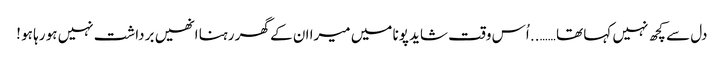
دل سے کچھ نہیں کہا تھا …….. اُس وقت شاید پونا میں میرا ان کے گھر رہنا انھیں برداشت نہیں ہو رہا ہو !